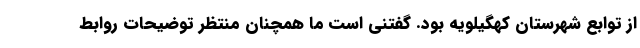
از توابع شهرستان کهگیلویه بود. گفتنی است ما همچنان منتظر توضیحات روابط